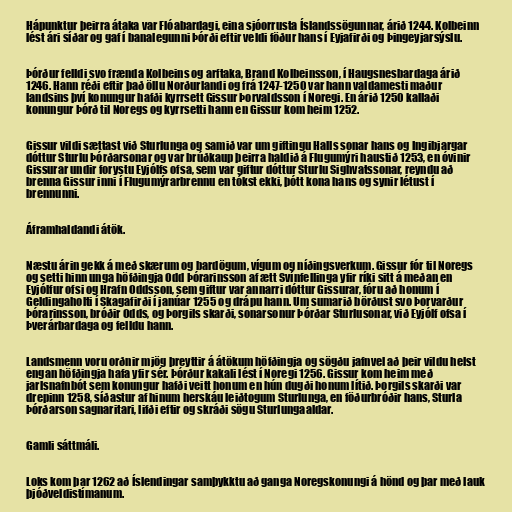
Hápunktur þeirra átaka var Flóabardagi, eina sjóorrusta Íslandssögunnar, árið 1244. Kolbeinn
lést ári síðar og gaf í banalegunni Þórði eftir veldi föður hans í Eyjafirði og Þingeyjarsýslu.

Þórður felldi svo frænda Kolbeins og arftaka, Brand Kolbeinsson, í Haugsnesbardaga árið
1246. Hann réði eftir það öllu Norðurlandi og frá 1247-1250 var hann valdamesti maður
landsins því konungur hafði kyrrsett Gissur Þorvaldsson í Noregi. En árið 1250 kallaði
konungur Þórð til Noregs og kyrrsetti hann en Gissur kom heim 1252.

Gissur vildi sættast við Sturlunga og samið var um giftingu Halls sonar hans og Ingibjargar
dóttur Sturlu Þórðarsonar og var brúðkaup þeirra haldið á Flugumýri haustið 1253, en óvinir
Gissurar undir forystu Eyjólfs ofsa, sem var giftur dóttur Sturlu Sighvatssonar, reyndu að
brenna Gissur inni í Flugumýrarbrennu en tókst ekki, þótt kona hans og synir létust í
brennunni.

Áframhaldandi átök.

Næstu árin gekk á með skærum og bardögum, vígum og níðingsverkum. Gissur fór til Noregs
og setti hinn unga höfðingja Odd Þórarinsson af ætt Svínfellinga yfir ríki sitt á meðan en
Eyjólfur ofsi og Hrafn Oddsson, sem giftur var annarri dóttur Gissurar, fóru að honum í
Geldingaholti í Skagafirði í janúar 1255 og drápu hann. Um sumarið börðust svo Þorvarður
Þórarinsson, bróðir Odds, og Þorgils skarði, sonarsonur Þórðar Sturlusonar, við Eyjólf ofsa í
Þverárbardaga og felldu hann.

Landsmenn voru orðnir mjög þreyttir á átökum höfðingja og sögðu jafnvel að þeir vildu helst
engan höfðingja hafa yfir sér. Þórður kakali lést í Noregi 1256. Gissur kom heim með
jarlsnafnbót sem konungur hafði veitt honum en hún dugði honum lítið. Þorgils skarði var
drepinn 1258, síðastur af hinum herskáu leiðtogum Sturlunga, en föðurbróðir hans, Sturla
Þórðarson sagnaritari, lifði eftir og skráði sögu Sturlungaaldar.

Gamli sáttmáli.

Loks kom þar 1262 að Íslendingar samþykktu að ganga Noregskonungi á hönd og þar með lauk
þjóðveldistímanum.